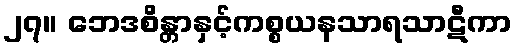
၂၇။ ဘေဒစိန္တာနှင့်ကစ္စယနသာရသာဋီကာ